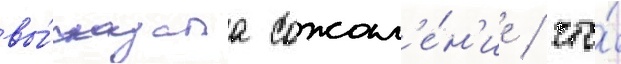
вы́сказала сожал'е́н'ие / что́